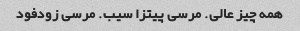
همه چیز عالی. مرسی پیتزا سیب. مرسی زودفود